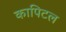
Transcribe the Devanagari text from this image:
कापिटल